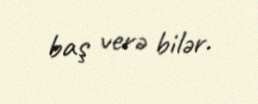
baş verə bilər.